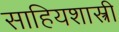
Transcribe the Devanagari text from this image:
साहियशास्त्री